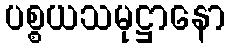
ပစ္စယသမုဋ္ဌာနော